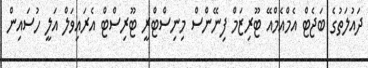
ދައުލަތުގެ ބަޖެޓް އެމްއެމްއޭ ޓޫރިޒަމް ފިނޭންސް މިނިސްޓްރީ ޓޫރިސްޓް އެރައިވަލް އަލީ ހުސައިން